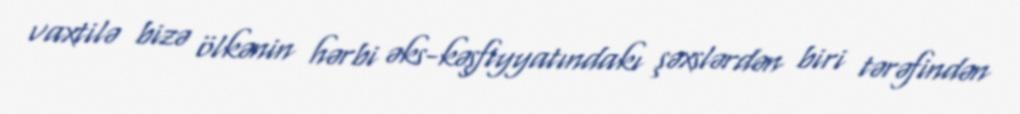
vaxtilə bizə ölkənin hərbi əks-kəşfiyyatındakı şəxslərdən biri tərəfindən